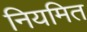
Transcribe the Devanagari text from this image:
नियमित